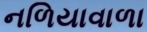
નળિયાવાળા